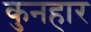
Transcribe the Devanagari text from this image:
कुनहार